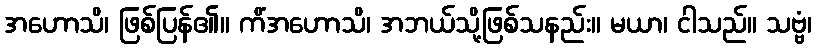
အဟောသိ၊ ဖြစ်ပြန်၏။ ကိံအဟောသိ၊ အဘယ်သို့ဖြစ်သနည်း။ မယာ၊ ငါသည်။ သဗ္ဗံ၊